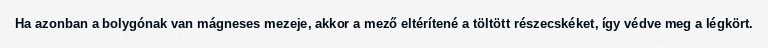
Ha azonban a bolygónak van mágneses mezeje, akkor a mező eltérítené a töltött részecskéket, így védve meg a légkört.